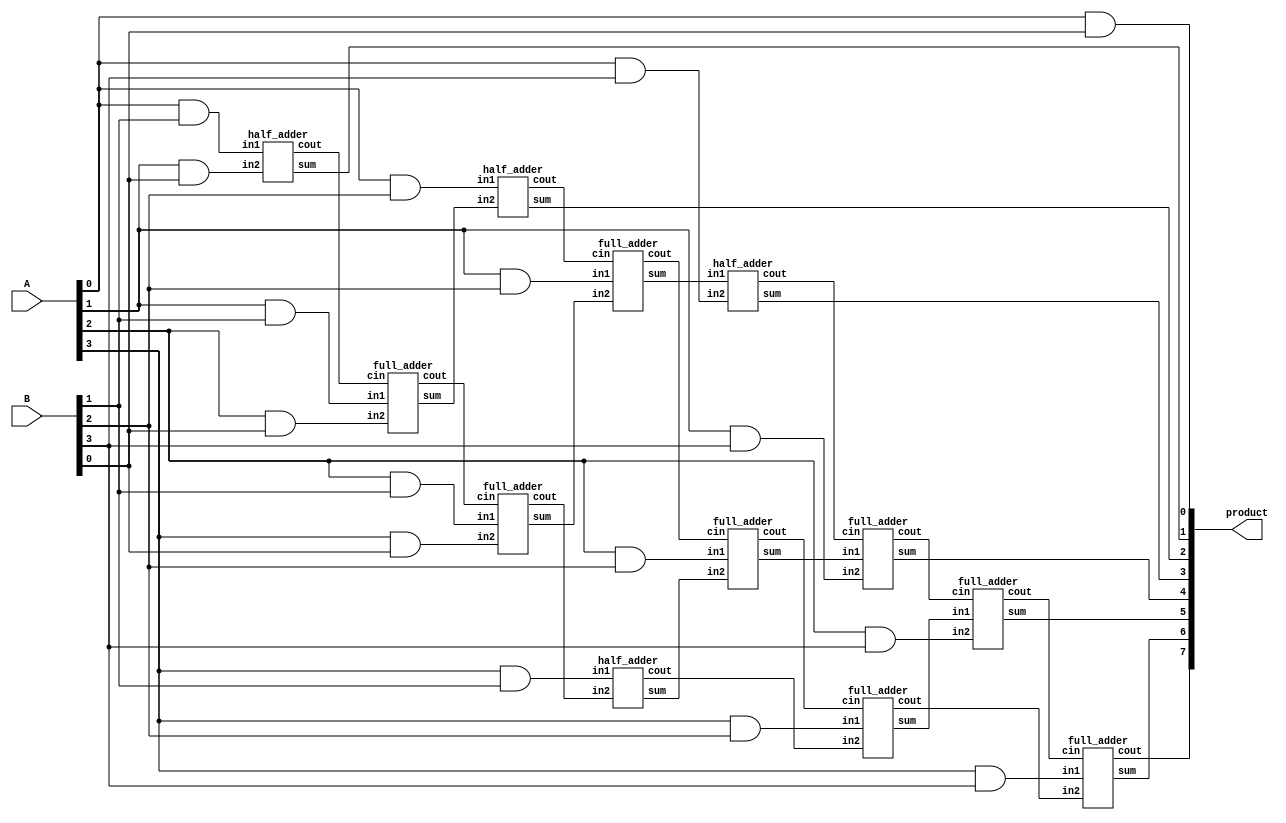
module array_unsigned_multiplier_4(output wire [7:0] product,
                          input wire [3:0] A, B);

  wire c0,c1,c2,c3,c4,c5,c6,c7,c8,c9,c10;
  wire s1,s2,s3,s5,s6,s7;
  wire [3:0] a0b, a1b, a2b, a3b;

  /* Generate all dot products of A x B */
  and AND1(a0b[0], A[0], B[0]);
  and AND2(a0b[1], A[0], B[1]);
  and AND3(a0b[2], A[0], B[2]);
  and AND4(a0b[3], A[0], B[3]);
  and AND5(a1b[0], A[1], B[0]);
  and AND6(a1b[1], A[1], B[1]);
  and AND7(a1b[2], A[1], B[2]);
  and AND8(a1b[3], A[1], B[3]);
  and AND9(a2b[0], A[2], B[0]);
  and AND10(a2b[1], A[2], B[1]);
  and AND11(a2b[2], A[2], B[2]);
  and AND12(a2b[3], A[2], B[3]);
  and AND13(a3b[0], A[3], B[0]);
  and AND14(a3b[1], A[3], B[1]);
  and AND15(a3b[2], A[3], B[2]);
  and AND16(a3b[3], A[3], B[3]);


  assign product[0] = a0b[0];
  half_adder HA1(product[1], c0, a0b[1], a1b[0]);
  full_adder FA1(s1, c1, a1b[1], a2b[0], c0);
  full_adder FA2(s2, c2, a2b[1], a3b[0], c1);
  half_adder HA2(s3, c3, a3b[1], c2);
  half_adder HA3(product[2], c4, a0b[2], s1);
  full_adder FA3(s5, c5, a1b[2], s2, c4);
  full_adder FA4(s6, c6, a2b[2], s3, c5);
  full_adder FA5(s7, c7, a3b[2], c3, c6);
  half_adder HA4(product[3], c8, s5, a0b[3]);
  full_adder FA6(product[4], c9, s6, a1b[3], c8);
  full_adder FA7(product[5], c10, s7, a2b[3], c9);
  full_adder FA8(product[6], product[7], a3b[3], c7, c10);
endmodule

module half_adder(output wire sum,
                  output wire cout,
                  input wire in1,
                  input wire in2);
    xor(sum, in1, in2);
    and(cout, in1, in2);
endmodule

module full_adder(output wire sum,
                  output wire cout,
                  input wire in1,
                  input wire in2,
                  input wire cin);
    wire temp1;
    wire temp2;
    wire temp3;
    xor(sum, in1, in2, cin);
    and(temp1,in1,in2);
    and(temp2,in1,cin);
    and(temp3,in2,cin);
    or(cout,temp1,temp2,temp3);
endmodule